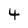
Character: 4